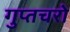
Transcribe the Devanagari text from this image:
गुप्‍तचरो